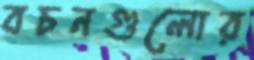
বচনগুলোর